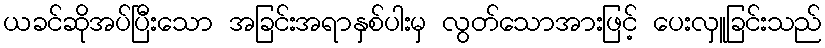
ယခင်ဆိုအပ်ပြီးသော အခြင်းအရာနှစ်ပါးမှ လွတ်သောအားဖြင့် ပေးလှူခြင်းသည်